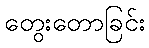
တွေးတောခြင်း